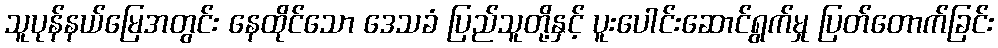
သူပုန်နယ်မြေအတွင်း နေထိုင်သော ဒေသခံ ပြည်သူတို့နှင့် ပူးပေါင်းဆောင်ရွက်မှု ပြတ်တောက်ခြင်း